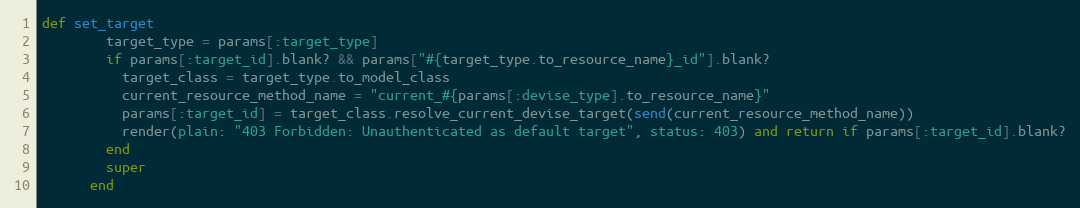
Language: Ruby
def set_target
        target_type = params[:target_type]
        if params[:target_id].blank? && params["#{target_type.to_resource_name}_id"].blank?
          target_class = target_type.to_model_class
          current_resource_method_name = "current_#{params[:devise_type].to_resource_name}"
          params[:target_id] = target_class.resolve_current_devise_target(send(current_resource_method_name))
          render(plain: "403 Forbidden: Unauthenticated as default target", status: 403) and return if params[:target_id].blank?
        end
        super
      end